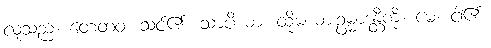
လူသည်။ တေတဝ၊ သင်၏။ သာပိယာ၊ ထိုမယားဥမ္မာဒန္တီကို။ မေ၊ ငါ၏။